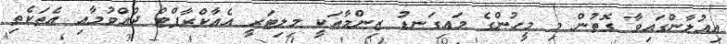
އިއުލާންގައިވާ ގޮތުން މި މީހުންގެ މައިގަނޑު ޒިންމާއަކީ މިލިޓަރީ އެއާކްރާފްޓް ދުއްވުމާއި އެތަކެތި